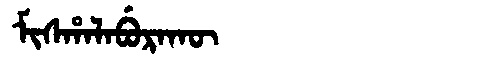
Manchu: ᠮᡳᠰᡥᠠᠯᠠᠪᡠᡵᠠᡴᡡ
Romanization: MISHALABURAKŪ